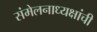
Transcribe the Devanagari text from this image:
संमेलनाध्यक्षांची